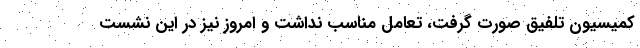
کمیسیون تلفیق صورت گرفت، تعامل مناسب نداشت و امروز نیز در این نشست